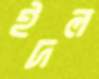
ইদল